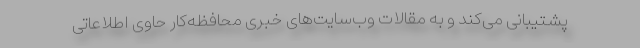
پشتیبانی می‌کند و به مقالات وب‌سایت‌های خبری محافظه‌کار حاوی اطلاعاتی